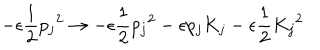
- \epsilon \frac { 1 } { 2 } { p _ { j } } ^ { 2 } \rightarrow - \epsilon \frac { 1 } { 2 } { p _ { j } } ^ { 2 } - \epsilon p _ { j } K _ { j } - \epsilon \frac { 1 } { 2 } { K _ { j } } ^ { 2 }